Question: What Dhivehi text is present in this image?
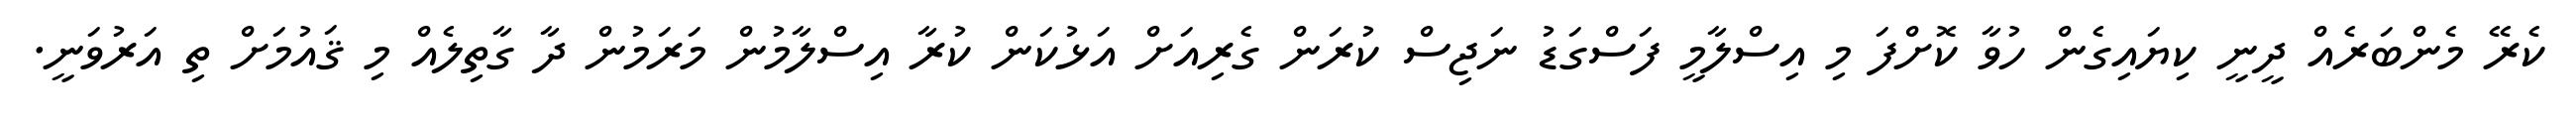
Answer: ކެރޭ މެންބަރެއް ދީނީ ކިޔައިގެން ހުވާ ކޮށްފަ މި އިސްލާމީ ފަސްގަޑު ނަޖިސް ކުރަން ގެރިއަށް އަޅުކަން ކުރާ އިސްލާމުން މަރަމުން ދާ ގާތިލެއް މި ޤައުމަށް ތި އަރުވަނީ.